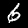
Label: 6